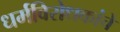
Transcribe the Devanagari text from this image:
धर्मविरोधकांचे